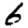
Digit: 6